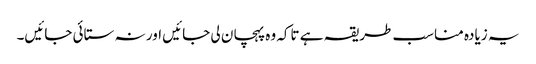
یہ زیادہ مناسب طریقہ ہے تاکہ وہ پہچان لی جائیں اور نہ ستائی جائیں۔